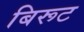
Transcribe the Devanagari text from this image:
बिरूट